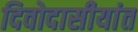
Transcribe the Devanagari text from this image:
दिवोदासीयांत